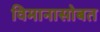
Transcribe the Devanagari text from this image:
विमानासोबत